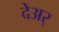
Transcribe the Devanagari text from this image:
देअर्